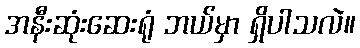
အနီးဆုံးဆေးရုံ ဘယ်မှာ ရှိပါသလဲ။